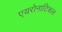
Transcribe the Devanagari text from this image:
एयरोनाटिकल